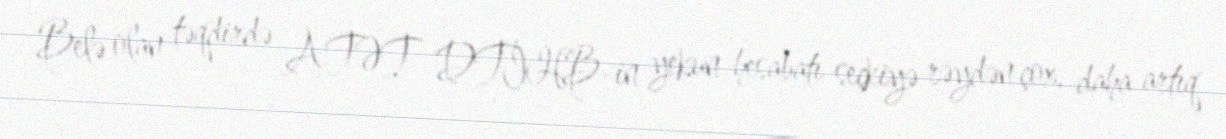
Belə olan təqdirdə ATƏT DTİHB-in yekun hesabatı seçkiyə rəydən çox, daha artıq